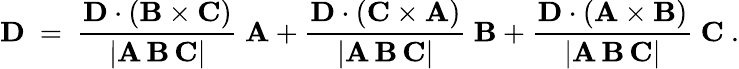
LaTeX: \mathbf{D}\ =\ {\frac{\mathbf{D}\cdot(\mathbf{B}\times\mathbf{C})}{|\mathbf{A}\, \mathbf{B}\, \mathbf{C}|}}\ \mathbf{A}+{\frac{\mathbf{D}\cdot(\mathbf{C}\times\mathbf{A})}{|\mathbf{A}\, \mathbf{B}\, \mathbf{C}|}}\ \mathbf{B}+{\frac{\mathbf{D}\cdot(\mathbf{A}\times\mathbf{B})}{|\mathbf{A}\, \mathbf{B}\, \mathbf{C}|}}\ \mathbf{C}\ .